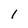
Character: I